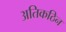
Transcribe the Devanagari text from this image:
अतिकठिन